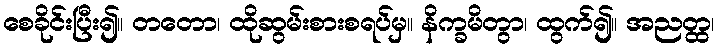
စေခိုင်းပြီး၍။ တတော၊ ထိုဆွမ်းစားစရပ်မှ။ နိက္ခမိတွာ၊ ထွက်၍။ အညတ္ထ၊